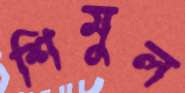
শিমুল